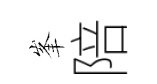
峯陪